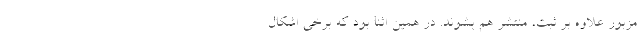
مزبور علاوه بر ثبت، منتشر هم بشوند. در همین اثنا بود که برخی اشکال